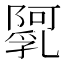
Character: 𨼼